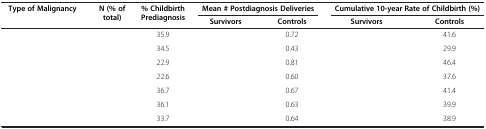
<table><thead><tr><td rowspan="2"><b>Type of Malignancy</b></td><td rowspan="2"><b>N (% of total)</b></td><td rowspan="2"><b>% Childbirth Prediagnosis</b></td><td colspan="2"><b>Mean # Postdiagnosis Deliveries</b></td><td colspan="2"><b>Cumulative 10-year Rate of Childbirth (%)</b></td></tr><tr><td><b>Survivors</b></td><td><b>Controls</b></td><td><b>Survivors</b></td><td><b>Controls</b></td></tr></thead><tbody><tr><td>[EMPTY_CELL]</td><td>[EMPTY_CELL]</td><td>35.9</td><td>[EMPTY_CELL]</td><td>0.72</td><td>[EMPTY_CELL]</td><td>41.6</td></tr><tr><td>[EMPTY_CELL]</td><td>[EMPTY_CELL]</td><td>34.5</td><td>[EMPTY_CELL]</td><td>0.43</td><td>[EMPTY_CELL]</td><td>29.9</td></tr><tr><td>[EMPTY_CELL]</td><td>[EMPTY_CELL]</td><td>22.9</td><td>[EMPTY_CELL]</td><td>0.81</td><td>[EMPTY_CELL]</td><td>46.4</td></tr><tr><td>[EMPTY_CELL]</td><td>[EMPTY_CELL]</td><td>22.6</td><td>[EMPTY_CELL]</td><td>0.60</td><td>[EMPTY_CELL]</td><td>37.6</td></tr><tr><td>[EMPTY_CELL]</td><td>[EMPTY_CELL]</td><td>36.7</td><td>[EMPTY_CELL]</td><td>0.67</td><td>[EMPTY_CELL]</td><td>41.4</td></tr><tr><td>[EMPTY_CELL]</td><td>[EMPTY_CELL]</td><td>36.1</td><td>[EMPTY_CELL]</td><td>0.63</td><td>[EMPTY_CELL]</td><td>39.9</td></tr><tr><td>[EMPTY_CELL]</td><td>[EMPTY_CELL]</td><td>33.7</td><td>[EMPTY_CELL]</td><td>0.64</td><td>[EMPTY_CELL]</td><td>38.9</td></tr></tbody></table>